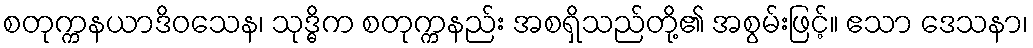
စတုက္ကနယာဒိဝသေန၊ သုဒ္ဓိက စတုက္ကနည်း အစရှိသည်တို့၏ အစွမ်းဖြင့်။ ဧသာ ဒေသနာ၊